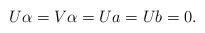
LaTeX: \begin{align*}U\alpha=V\alpha=Ua=Ub=0.\end{align*}